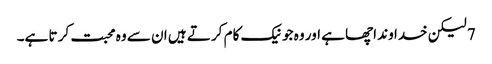
7 لیکن خدا وند اچھا ہے اور وہ جو نیک کام کر تے ہیں ان سے وہ محبت کر تا ہے۔